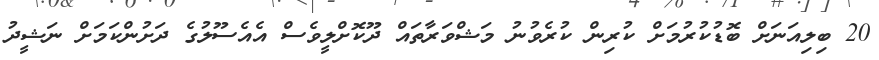
20 ބިލިއަނަށް ބޮޑުކުރުމަށް ކުރިން ކުރެވުނު މަޝްވަރާތައް ދޫކޮށްލީވެސް އެއެސޫލުގެ ދަށުންކަމަށް ނަޝީދު